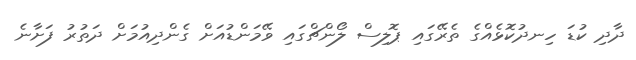
ދާދި ކުޑަ ހިނދުކޮޅެއްގެ ތެރޭގައި ޕޮލިސް ލޯންޗްގައި ވޭމަންޑުއަށް ގެންދިއުމަށް ދަތުރު ފަށާނެ